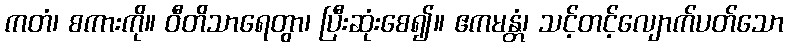
ကတံ၊ စကားကို။ ဝီတိသာရေတွာ၊ ပြီးဆုံးစေ၍။ ဧကမန္တံ၊ သင့်တင့်လျောက်ပတ်သော